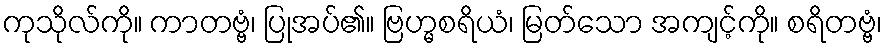
ကုသိုလ်ကို။ ကာတဗ္ဗံ၊ ပြုအပ်၏။ ဗြဟ္မစရိယံ၊ မြတ်သော အကျင့်ကို။ စရိတဗ္ဗံ၊